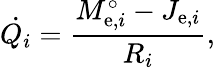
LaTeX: {\dot{Q_{i}}}={\frac{M_{\mathrm{e},i}^{\circ}-J_{\mathrm{e},i}}{R_{i}}},